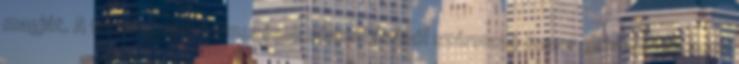
magját. A félelemteli értelmezések választásából származó kusza gondolatok, amik